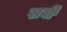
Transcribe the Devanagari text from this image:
सर्वी